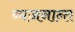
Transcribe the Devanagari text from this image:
व्यजनान्त